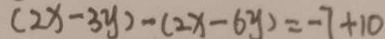
( 2 x - 3 y ) - ( 2 x - 6 y ) = - 7 + 1 0